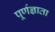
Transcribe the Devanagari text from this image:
पूर्णज्ञाता